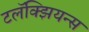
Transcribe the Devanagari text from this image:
टलॅक्झियन्स